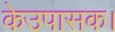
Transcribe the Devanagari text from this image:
केउपासक।